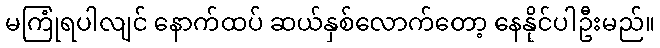
မကြုံရပါလျင် နောက်ထပ် ဆယ်နှစ်လောက်တော့ နေနိုင်ပါဦးမည်။